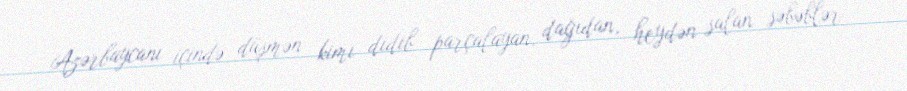
Azərbaycanı içində düşmən kimi didib parçalayan, dağıdan, heydən salan səbəblər